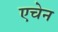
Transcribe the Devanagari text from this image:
एचेन